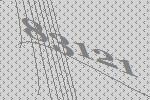
83121